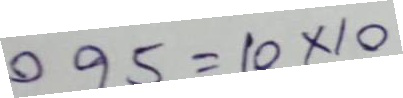
095 = 10 x 10